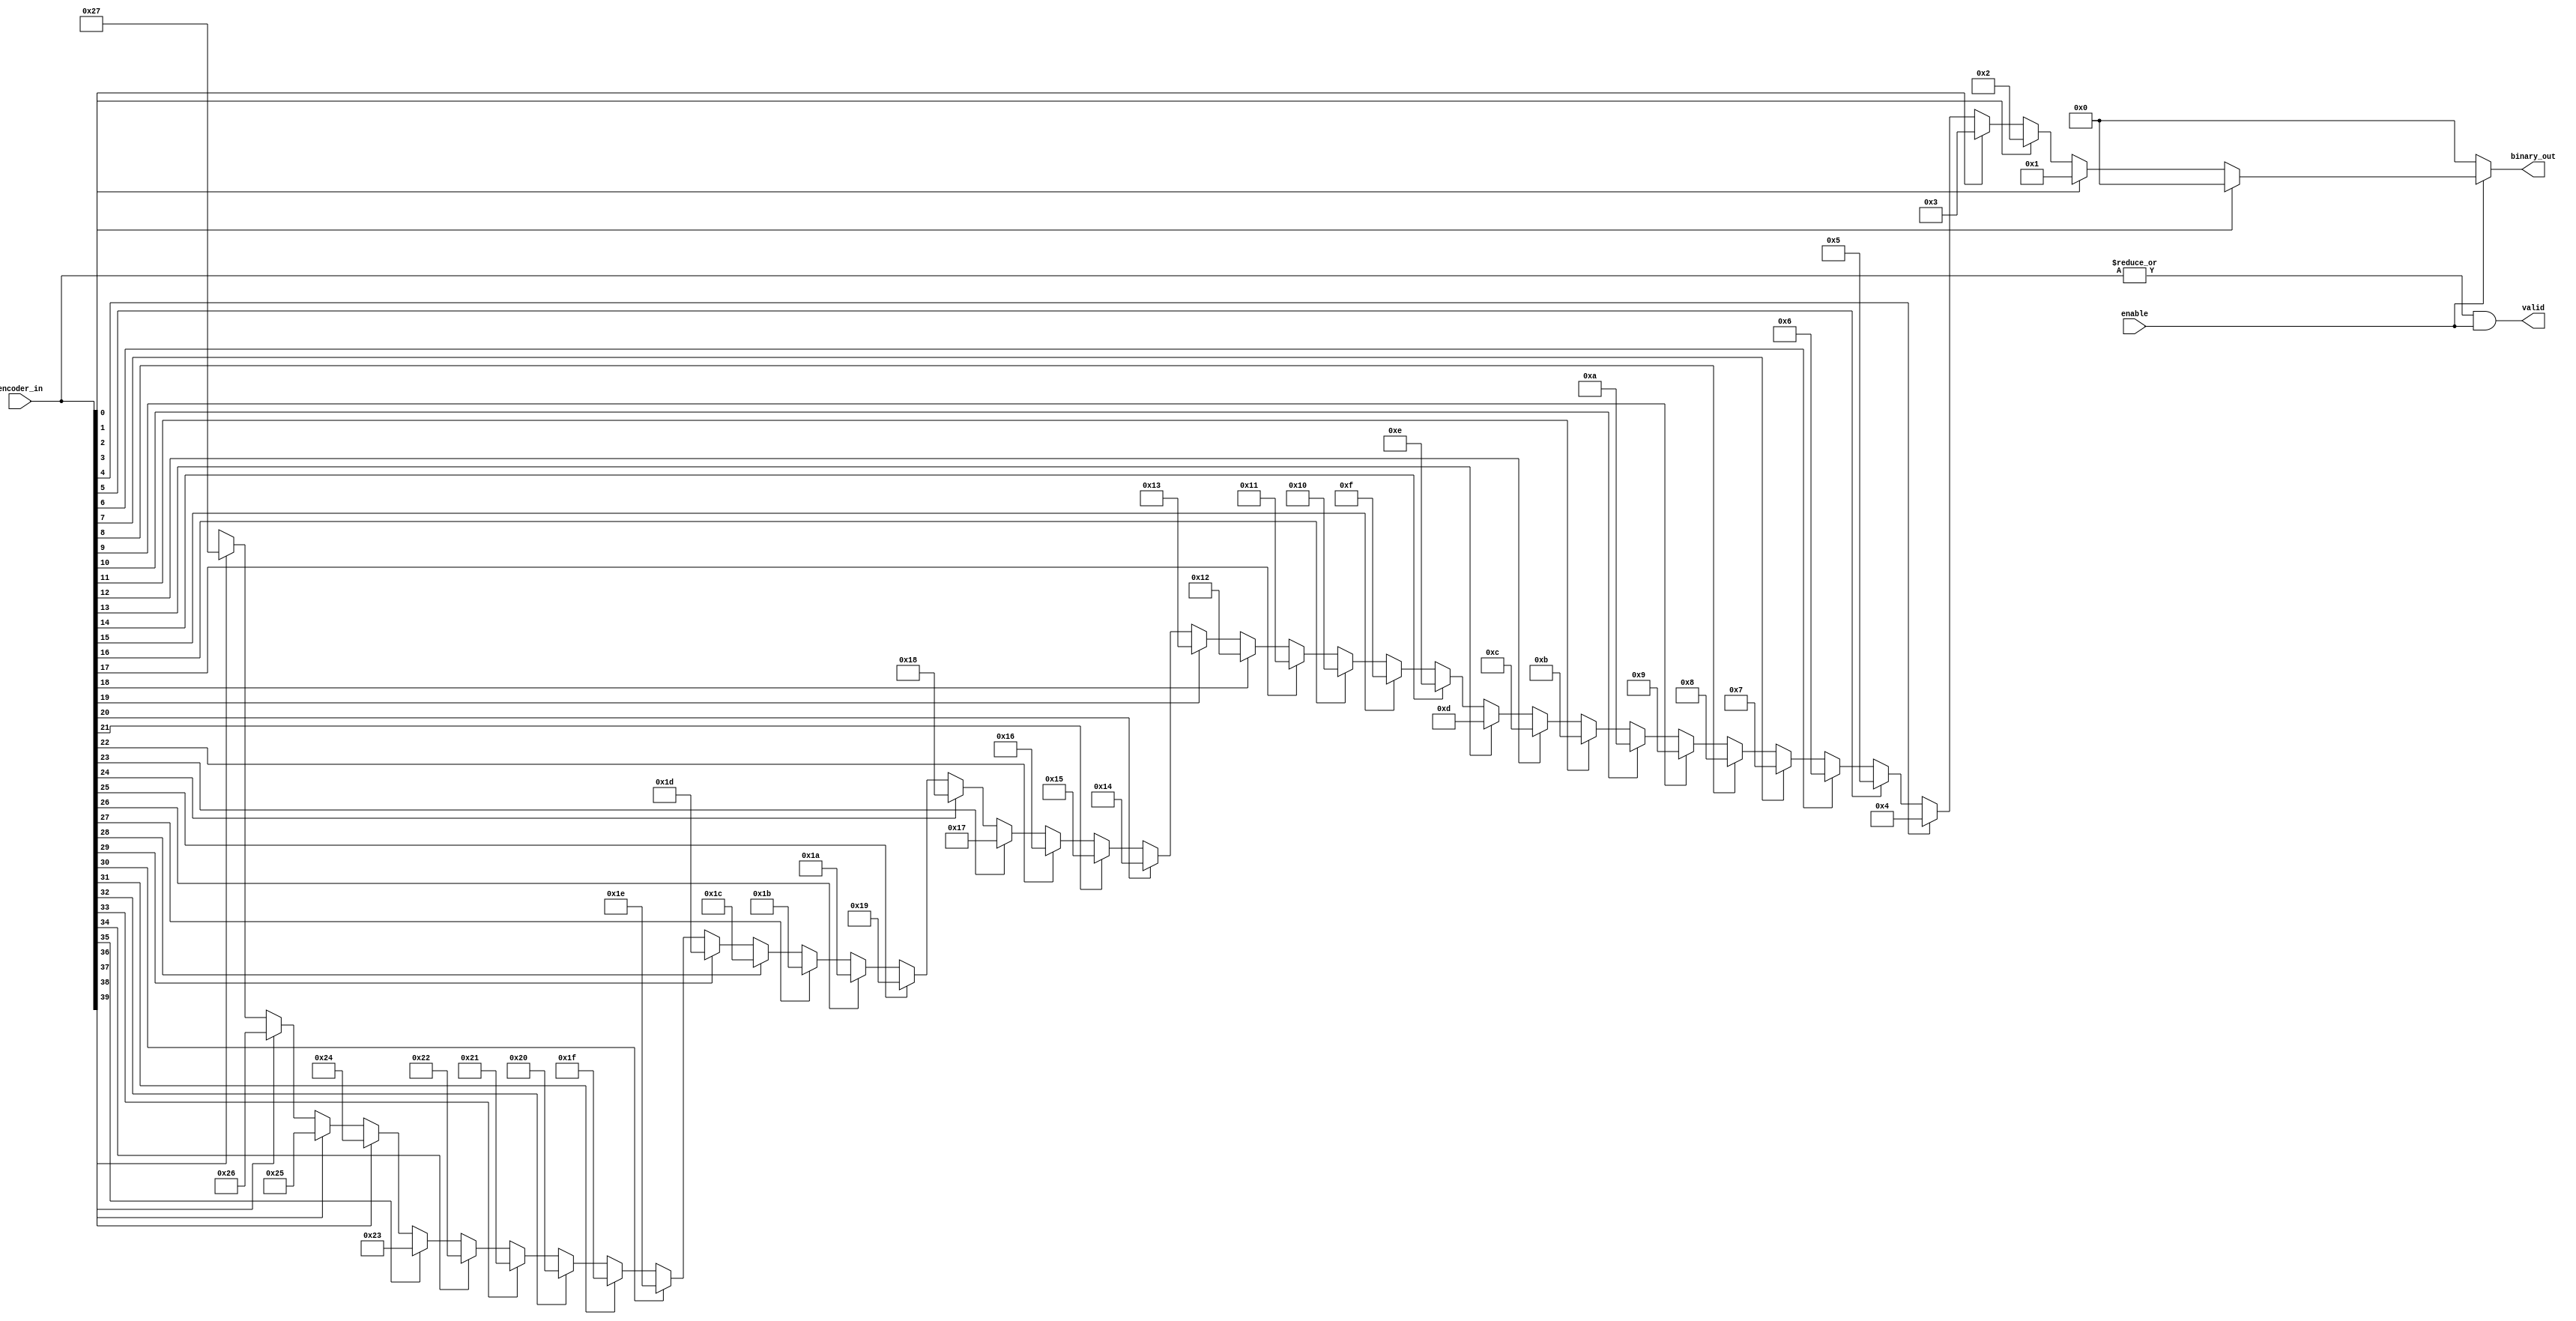
module priority_encoder_40to6 (
	binary_out,
	valid,
	encoder_in,
	enable
);

output[5:0] binary_out;
output valid;

input[39:0] encoder_in;
input enable;

assign valid = (|encoder_in) & enable;

assign binary_out = (!enable) ? 6'd0 : (
		(encoder_in[0]) ? 6'd0 : 
		(encoder_in[1]) ? 6'd1 : 
		(encoder_in[2]) ? 6'd2 : 
		(encoder_in[3]) ? 6'd3 : 
		(encoder_in[4]) ? 6'd4 : 
		(encoder_in[5]) ? 6'd5 : 
		(encoder_in[6]) ? 6'd6 : 
		(encoder_in[7]) ? 6'd7 : 
		(encoder_in[8]) ? 6'd8 : 
		(encoder_in[9]) ? 6'd9 : 
		(encoder_in[10]) ? 6'd10 : 
		(encoder_in[11]) ? 6'd11 : 
		(encoder_in[12]) ? 6'd12 : 
		(encoder_in[13]) ? 6'd13 : 
		(encoder_in[14]) ? 6'd14 : 
		(encoder_in[15]) ? 6'd15 : 
		(encoder_in[16]) ? 6'd16 : 
		(encoder_in[17]) ? 6'd17 : 
		(encoder_in[18]) ? 6'd18 : 
		(encoder_in[19]) ? 6'd19 : 
		(encoder_in[20]) ? 6'd20 : 
		(encoder_in[21]) ? 6'd21 : 
		(encoder_in[22]) ? 6'd22 : 
		(encoder_in[23]) ? 6'd23 : 
		(encoder_in[24]) ? 6'd24 : 
		(encoder_in[25]) ? 6'd25 : 
		(encoder_in[26]) ? 6'd26 : 
		(encoder_in[27]) ? 6'd27 : 
		(encoder_in[28]) ? 6'd28 : 
		(encoder_in[29]) ? 6'd29 : 
		(encoder_in[30]) ? 6'd30 : 
		(encoder_in[31]) ? 6'd31 : 
		(encoder_in[32]) ? 6'd32 : 
		(encoder_in[33]) ? 6'd33 : 
		(encoder_in[34]) ? 6'd34 : 
		(encoder_in[35]) ? 6'd35 : 
		(encoder_in[36]) ? 6'd36 : 
		(encoder_in[37]) ? 6'd37 : 
		(encoder_in[38]) ? 6'd38 : 
		(encoder_in[39]) ? 6'd39 : {6{1'bx}}); 

endmodule